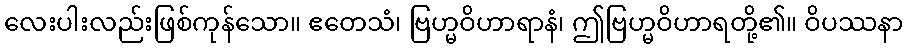
လေးပါးလည်းဖြစ်ကုန်သော။ ဧတေသံ၊ ဗြဟ္မဝိဟာရာနံ၊ ဤဗြဟ္မဝိဟာရတို့၏။ ဝိပဿနာ